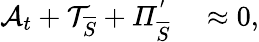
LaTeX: \begin{array}{rl}{\mathcal{A}_{t}+\mathcal{T}_{\overline{{S}}}+\mathit{\Pi}_{\overline{{S}}}^{'}}&{{}\approx 0,}\end{array}